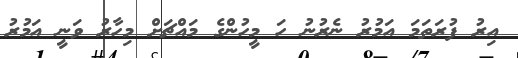
އިރު ފުރަތަމަ އަމުރު ނެރުނު ހަ މީހުންގެ މައްޗަށް މިހާރު ވަނީ އަމުރު